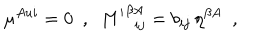
\mu ^ { A u i } = 0 ~ ~ , ~ ~ { M ^ { \prime } } _ { ~ ~ i j } ^ { \beta A } = b _ { i j } \, \eta ^ { \beta A } ~ ~ ,